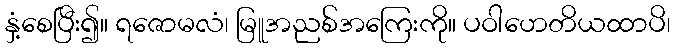
နှံ့စေပြီး၍။ ရဇောမလံ၊ မြူအညစ်အကြေးကို။ ပဝါဟေတိယထာပိ၊